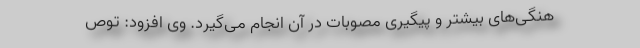
هنگی‌های بیشتر و پیگیری مصوبات در آن انجام می‌گیرد. وی افزود: توص